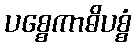
ပစ္စေကာဓိပစ္စံ